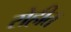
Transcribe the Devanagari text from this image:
रोहीत